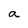
Character: a